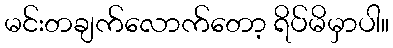
မင်းတချက်လောက်တော့ ရိပ်မိမှာပါ။